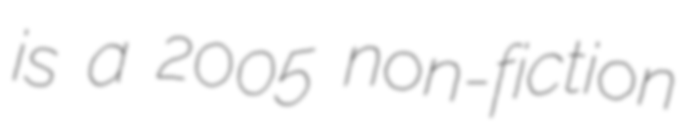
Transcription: is a 2005 non-fiction